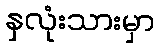
နှလုံးသားမှာ